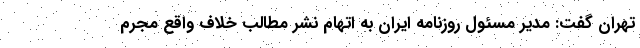
تهران گفت: مدیر مسئول روزنامه ایران به اتهام نشر مطالب خلاف واقع مجرم